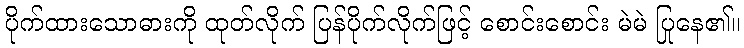
ပိုက်ထားသောဓားကို ထုတ်လိုက် ပြန်ပိုက်လိုက်ဖြင့် စောင်းစောင်း မဲမဲ ပြုနေ၏။